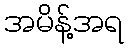
အမိန့်အရ